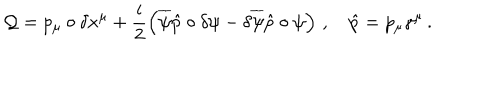
\mathcal { Q } = p _ { \mu } \circ \delta x ^ { \mu } + \frac { i } { 2 } \left( \overline { { { \psi } } } \hat { p } \circ \delta \psi - \delta \overline { { { \psi } } } \hat { p } \circ \psi \right) \, , \quad \hat { p } = p _ { \mu } \gamma ^ { \mu } \, .